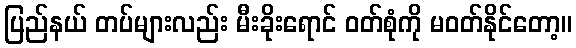
ပြည်နယ် တပ်များလည်း မီးခိုးရောင် ဝတ်စုံကို မဝတ်နိုင်တော့။